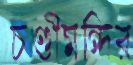
চণ্ডীমন্দির